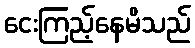
ငေးကြည့်နေမိသည်